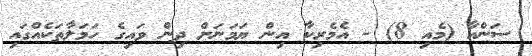
ސަންއާ (މެއި 8) - އެމެރިކާ އިން ޔަމަނަށް ދިން ވައިގެ ހަމަލާތަކެެއްގައި